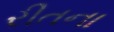
રીતના